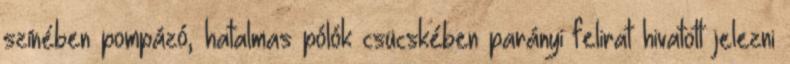
színében pompázó, hatalmas pólók csücskében parányi felirat hivatott jelezni